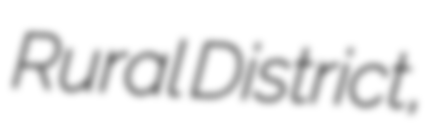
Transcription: Rural District,